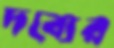
দব্যের